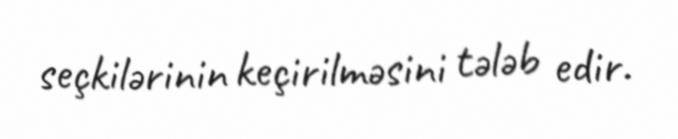
seçkilərinin keçirilməsini tələb edir.